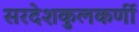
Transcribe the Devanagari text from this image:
सरदेशकुलकर्णी